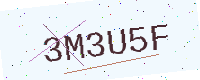
Text: 3M3U5F